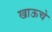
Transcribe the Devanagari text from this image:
खाऊचे